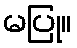
မပြု။